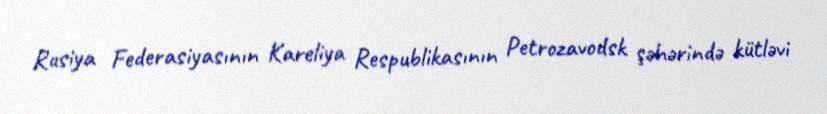
Rusiya Federasiyasının Kareliya Respublikasının Petrozavodsk şəhərində kütləvi